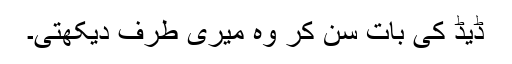
ڈیڈ کی بات سن کر وہ میری طرف دیکھتی۔